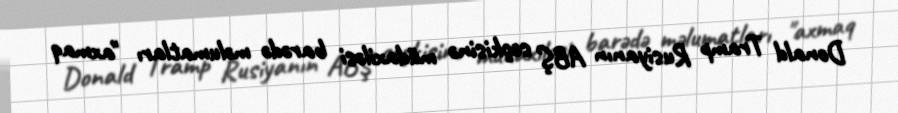
Donald Tramp Rusiyanın ABŞ seçkisinə müdaxiləsi barədə məlumatları "axmaq